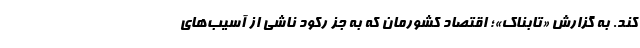
کند. به گزارش «تابناک»؛ اقتصاد کشورمان که به جز رکود ناشی از آسیب‌های